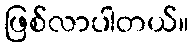
ဖြစ်လာပါတယ်။